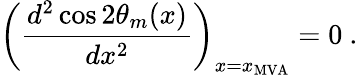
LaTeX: \left(\frac{d^{2}\cos 2\theta_{m}(x)}{dx^{2}}\right)_{x=x_{\mathrm{MVA}}}=0\ .